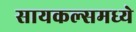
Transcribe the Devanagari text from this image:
सायकल्समध्ये